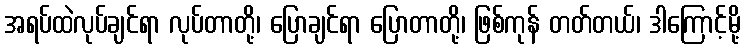
အရပ်ထဲလုပ်ချင်ရာ လုပ်တာတို့၊ ပြောချင်ရာ ပြောတာတို့၊ ဖြစ်ကုန် တတ်တယ်၊ ဒါကြောင့်မို့